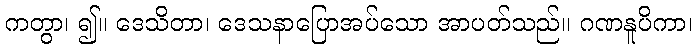
ကတွာ၊ ၍။ ဒေသိတာ၊ ဒေသနာပြောအပ်သော အာပတ်သည်။ ဂဏနူပိကာ၊